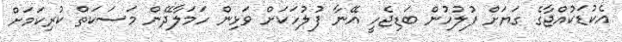
އެކުޑަކުއްޖާގެ ގަޔަށް ފުލުހުން ބަޑިޖެހީ އޭނާ ފުލުހަކަށް ވަޅިން ހަމަލާދޭން މަސަކަތް ކުރިކަމަށް